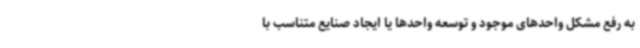
به رفع مشکل واحدهای موجود و توسعه واحدها یا ایجاد صنایع متناسب با